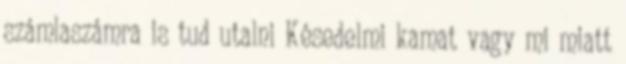
számlaszámra is tud utalni Késedelmi kamat vagy mi miatt